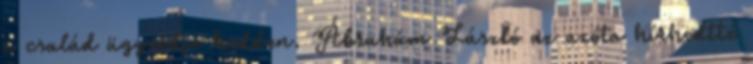
a család ügyvédje kedden. Ábrahám László az azóta hírhedtté